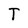
Character: T